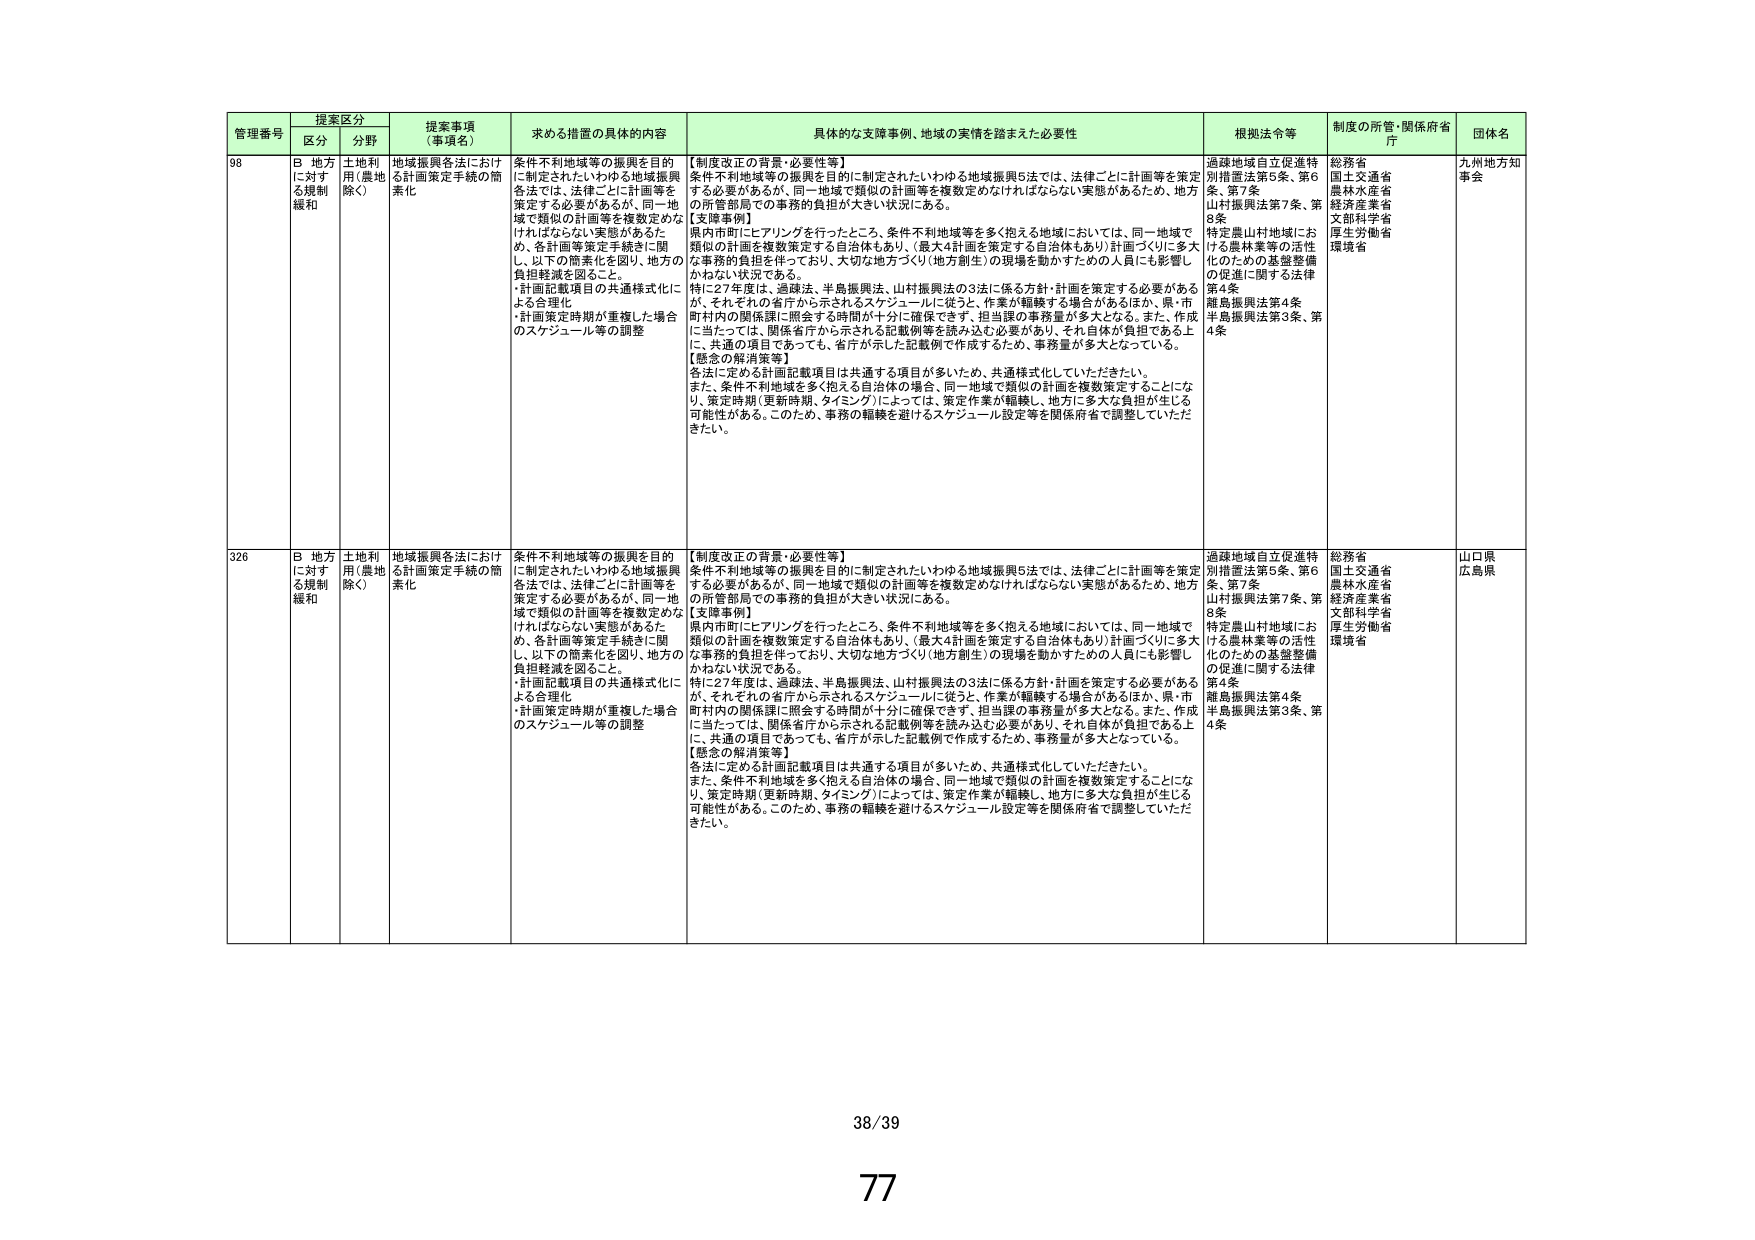
管理番号 提案区分 提案事項（事項名） 求める措置の具体的内容 具体的な支援事例、地域の実情を踏まえた必要性 根拠法令等 制度の所管・関係府省庁 団体名
区分 分野
98 B 地方に対する規制緩和 土地利用（農地除く） 地域振興各法における計画策定手続の簡素化 条件不利地域等の振興を目的に制定されたいわゆる地域振興各法では、法律ごとに計画等を策定する必要があるが、同一地域で類似の計画等を複数定めなければならない実態があるため、各計画等策定手続きに関し、以下の簡素化を図り、地方の負担軽減を図ること。・計画記載項目の共通様式化による合理化・計画策定時期が重複した場合のスケジュール等の調整 【制度改正の背景・必要性等】条件不利地域等の振興を目的に制定されたいわゆる地域振興5法では、法律ごとに計画等を策定する必要があるが、同一地域で類似の計画等を複数定めなければならない実態があるため、地方の所管部局での事務的負担が大きい状況にある。【支援事例】県内市町にヒアリングを行ったところ、条件不利地域等を多く抱える地域においては、同一地域で類似の計画を複数策定する自治体もあり、（最大4計画を策定する自治体もあり）計画づくりに多大な事務的負担を伴っており、大切な地方づくり（地方創生）の現場を動かすための人員にも影響しかねない状況である。特に27年度は、過疎法、半島振興法、山村振興法の3法に係る方針・計画を策定する必要があるが、それぞれの省庁から示されるスケジュールに従うと、作業が転轍する場合があるほか、県・市町村内の関係課に照会する時間が十分に確保できず、担当課の事務量が多大となる。また、作成に当たっては、関係省庁から示される記載例等を読み込む必要があり、それ自体が負担である上に、共通の項目であっても、省庁が示した記載例で作成するため、事務量が多大となっている。【懸念の解消策等】各法に定める計画記載項目は共通する項目が多いため、共通様式化していただきたい。また、条件不利地域を多く抱える自治体の場合、同一地域で類似の計画を複数策定することになり、策定期間（更新時期、タイミング）によっては、策定作業が転轍し、地方に多大な負担が生じる可能性がある。このため、事務の転轍を避けるスケジュール設定等を関係府省で調整していただきたい。 過疎地域自立促進特別措置法第5条、第6条、第7条山村振興法第7条、第8条特定農山村地域における農林業等の活性化のための基盤整備の促進に関する法律第4条離島振興法第4条半島振興法第3条、第4条 総務省国土交通省農林水産省経済産業省文部科学省環境省 九州地方知事会
326 B 地方に対する規制緩和 土地利用（農地除く） 地域振興各法における計画策定手続の簡素化 条件不利地域等の振興を目的に制定されたいわゆる地域振興各法では、法律ごとに計画等を策定する必要があるが、同一地域で類似の計画等を複数定めなければならない実態があるため、各計画等策定手続きに関し、以下の簡素化を図り、地方の負担軽減を図ること。・計画記載項目の共通様式化による合理化・計画策定時期が重複した場合のスケジュール等の調整 【制度改正の背景・必要性等】条件不利地域等の振興を目的に制定されたいわゆる地域振興5法では、法律ごとに計画等を策定する必要があるが、同一地域で類似の計画等を複数定めなければならない実態があるため、地方の所管部局での事務的負担が大きい状況にある。【支援事例】県内市町にヒアリングを行ったところ、条件不利地域等を多く抱える地域においては、同一地域で類似の計画を複数策定する自治体もあり、（最大4計画を策定する自治体もあり）計画づくりに多大な事務的負担を伴っており、大切な地方づくり（地方創生）の現場を動かすための人員にも影響しかねない状況である。特に27年度は、過疎法、半島振興法、山村振興法の3法に係る方針・計画を策定する必要があるが、それぞれの省庁から示されるスケジュールに従うと、作業が転轍する場合があるほか、県・市町村内の関係課に照会する時間が十分に確保できず、担当課の事務量が多大となる。また、作成に当たっては、関係省庁から示される記載例等を読み込む必要があり、それ自体が負担である上に、共通の項目であっても、省庁が示した記載例で作成するため、事務量が多大となっている。【懸念の解消策等】各法に定める計画記載項目は共通する項目が多いため、共通様式化していただきたい。また、条件不利地域を多く抱える自治体の場合、同一地域で類似の計画を複数策定することになり、策定期間（更新時期、タイミング）によっては、策定作業が転轍し、地方に多大な負担が生じる可能性がある。このため、事務の転轍を避けるスケジュール設定等を関係府省で調整していただきたい。 過疎地域自立促進特別措置法第5条、第6条、第7条山村振興法第7条、第8条特定農山村地域における農林業等の活性化のための基盤整備の促進に関する法律第4条離島振興法第4条半島振興法第3条、第4条 総務省国土交通省農林水産省経済産業省文部科学省厚生労働省環境省 山口県広島県
38/39
77